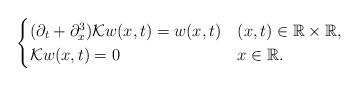
LaTeX: \begin{align*}\begin{cases}(\partial_t+\partial_x^3)\mathcal{K}w(x,t) =w(x,t)& (x,t)\in\mathbb{R}\times\mathbb{R},\\\mathcal{K}w(x,t) =0 & x\in\mathbb{R}.\end{cases}\end{align*}